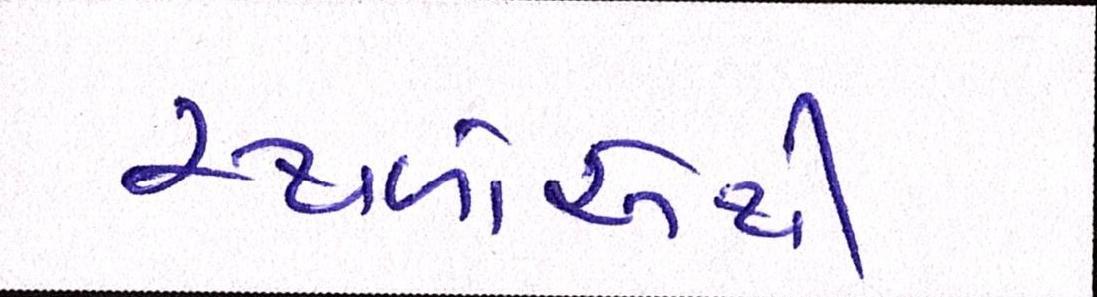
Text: સ્થળોએથી